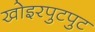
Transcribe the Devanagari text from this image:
खोइरपुटपुट